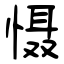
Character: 慑